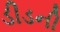
ડીડની